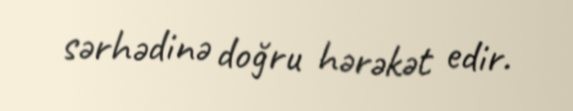
sərhədinə doğru hərəkət edir.